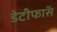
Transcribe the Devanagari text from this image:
डेटीफाॅस